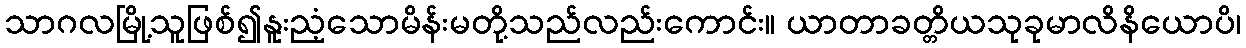
သာဂလမြို့သူဖြစ်၍နူးညံ့သောမိန်းမတို့သည်လည်းကောင်း။ ယာတာခတ္တိယသုခုမာလိနိယောပိ၊